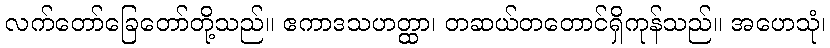
လက်တော်ခြေတော်တို့သည်။ ဧကာဒသဟတ္ထာ၊ တဆယ်တတောင်ရှိကုန်သည်။ အဟေသုံ၊